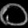
Digit: ၀